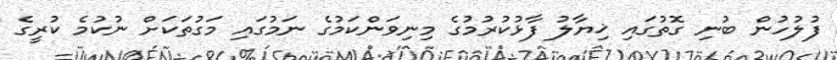
ފުލުހުން ބުނި ގޮތުގައި ޚިޔާލު ފާޅުކުރުމުގެ މިނިވަންކަމުގެ ނަމުގައި މަގުތަކަށް ނުކުމެ ކުރީގެ